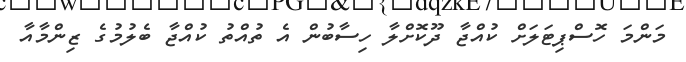
މަންމަ ހޮސްޕިޓަލަށް ކުއްޖާ ދޫކޮށްލާ ހިސާބުން އެ ތުއްތު ކުއްޖާ ބެލުމުގެ ޒިންމާއާ